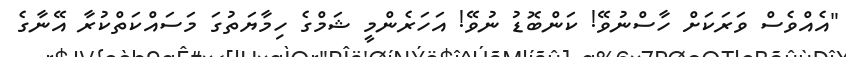
"އެއްވެސް ވަރަކަށް ހާސްނުވޭ! ކަންބޮޑު ނުވޭ! އަހަރެންމީ ޝަމްގެ ހިމާޔަތުގަ މަސައްކަތްކުރާ އޭނާގެ